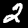
Digit: 2